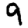
Digit: 9